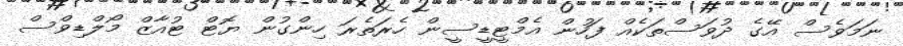
ނަމަވެސް އޭގެ ދުވަސްތަކެއް ފަހުން އެމްޓީޑީސީން ހެރަތެރަ ހިންގުން ޔޮޓް ޓުއާޒް މޯލްޑިވްސް